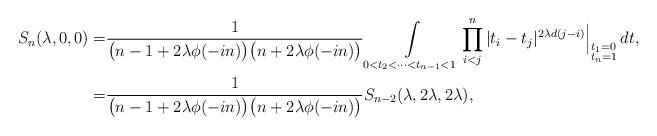
LaTeX: \begin{align*} S_n(\lambda, 0, 0) = & \frac{1}{\bigl(n-1+2\lambda\phi(-in)\bigr)\bigl(n+2\lambda\phi(-in)\bigr)} \int\limits_{0<t_2<\cdots<t_{n-1}<1} \prod_{i<j}^n |t_i-t_j|^{2\lambda d(j-i)}\Big\vert_{\substack{t_1=0 \\ t_n=1}} \,dt, \\= & \frac{1}{\bigl(n-1+2\lambda\phi(-in)\bigr)\bigl(n+2\lambda\phi(-in)\bigr)} S_{n-2}(\lambda, 2\lambda, 2\lambda),\end{align*}